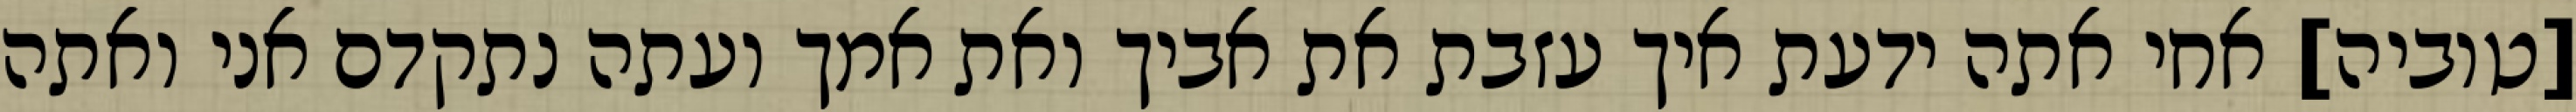
[טוביה] אחי אתה ידעת איך עזבת את אביך ואת אמך ועתה נתקדם אני ואתה